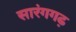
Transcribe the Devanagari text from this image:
सारंगगढ़